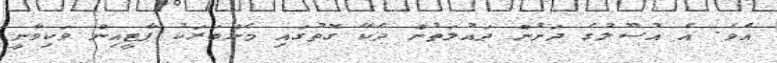
އެވެ. އެ އުސޫލުގެ ދަށުން ދައުލަތުން ދެކޭ ގޮތުގައި މެންބަރަކު ޕާޓީއިން ވަކިވާނީ